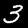
Digit: 3